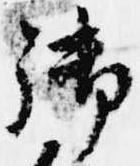
御